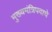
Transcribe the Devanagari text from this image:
मुख्यमंत्रिपदाचे